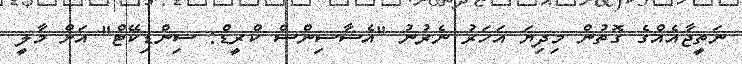
ނަތީޖާއެއްގެ ގޮތުން މިދިޔަ އަހަރު ނެރުނު "އެސާސިންސް ކްރީޑް: ސިންޑިކޭޓް" އަށް މާލީ